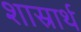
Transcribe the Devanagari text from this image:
शास्रार्थ